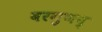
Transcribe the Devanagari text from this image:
वरगुणन्